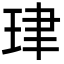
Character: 珒